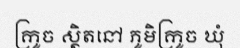
ក្រូច ស្ថិតនៅ ភូមិក្រូច ឃុំ